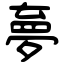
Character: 夣